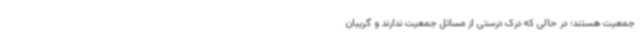
جمعیت هستند؛ در حالی که درک درستی از مسائل جمعیت ندارند و گریبان